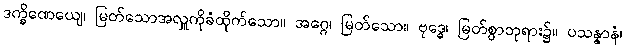
ဒက္ခိဏေယျေ၊ မြတ်သောအလှူကိုခံထိုက်သော။ အဂ္ဂေ၊ မြတ်သော။ ဗုဒ္ဓေ၊ မြတ်စွာဘုရား၌။ ပသန္နာနံ၊